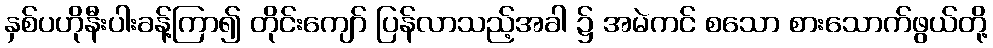
နှစ်ပဟိုနီးပါးခန့်ကြာ၍ တိုင်းကျော် ပြန်လာသည့်အခါ ၌ အမဲကင် စသော စားသောက်ဖွယ်တို့